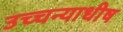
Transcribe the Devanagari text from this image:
उच्चन्याधीष